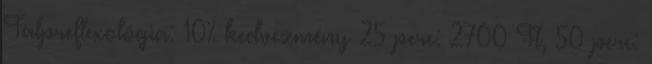
Talpreflexológia: 10% kedvezmény 25 perc: 2700 Ft, 50 perc: